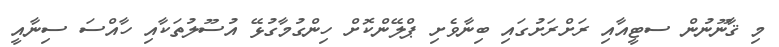
މި ޤާނޫނުން ސޓީއާއި ރަށްރަށުގައި ބިނާވެށި ޕްލޭންކޮށް ހިންގުމާގުޅޭ އުސޫލުތަކާއި ހާއްސަ ސިނާއީ